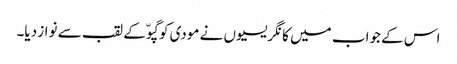
اس کے جواب میں کانگریسیوں نے مودی کو گپوّ کے لقب سے نواز دیا۔